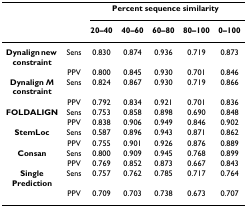
<table><thead><tr><td></td><td></td><td colspan="5"><b>Percent sequence similarity</b></td></tr><tr><td></td><td></td><td><b>20–40</b></td><td><b>40–60</b></td><td><b>60–80</b></td><td><b>80–100</b></td><td><b>0–100</b></td></tr></thead><tbody><tr><td><b>Dynalign new constraint</b></td><td>Sens</td><td>0.830</td><td>0.874</td><td>0.936</td><td>0.719</td><td>0.873</td></tr><tr><td></td><td>PPV</td><td>0.800</td><td>0.845</td><td>0.930</td><td>0.701</td><td>0.846</td></tr><tr><td><b>Dynalign <i>M </i>constraint</b></td><td>Sens</td><td>0.824</td><td>0.867</td><td>0.930</td><td>0.719</td><td>0.866</td></tr><tr><td></td><td>PPV</td><td>0.792</td><td>0.834</td><td>0.921</td><td>0.701</td><td>0.836</td></tr><tr><td><b>FOLDALIGN</b></td><td>Sens</td><td>0.753</td><td>0.858</td><td>0.898</td><td>0.690</td><td>0.848</td></tr><tr><td></td><td>PPV</td><td>0.838</td><td>0.906</td><td>0.949</td><td>0.846</td><td>0.902</td></tr><tr><td><b>StemLoc</b></td><td>Sens</td><td>0.587</td><td>0.896</td><td>0.943</td><td>0.871</td><td>0.862</td></tr><tr><td></td><td>PPV</td><td>0.755</td><td>0.901</td><td>0.926</td><td>0.876</td><td>0.889</td></tr><tr><td><b>Consan</b></td><td>Sens</td><td>0.800</td><td>0.909</td><td>0.945</td><td>0.768</td><td>0.899</td></tr><tr><td></td><td>PPV</td><td>0.769</td><td>0.852</td><td>0.873</td><td>0.667</td><td>0.843</td></tr><tr><td><b>Single Prediction</b></td><td>Sens</td><td>0.757</td><td>0.762</td><td>0.785</td><td>0.717</td><td>0.764</td></tr><tr><td></td><td>PPV</td><td>0.709</td><td>0.703</td><td>0.738</td><td>0.673</td><td>0.707</td></tr></tbody></table>